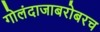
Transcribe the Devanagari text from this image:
गोलंदाजाबरोबरच